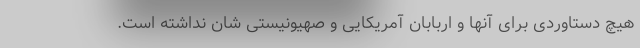
هیچ دستاوردی برای آنها و اربابان آمریکایی و صهیونیستی شان نداشته است.